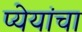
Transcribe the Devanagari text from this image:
प्येयांचा